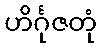
ဟိင်္ဂုဇတုံ